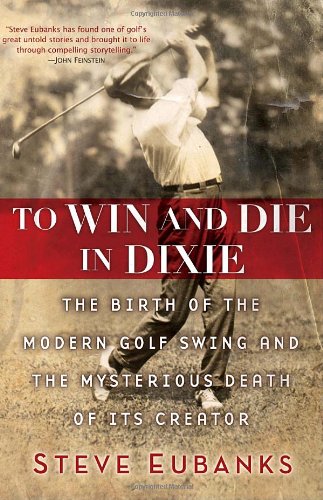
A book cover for To Win and Die in Dixie: The Birth of the Modern Golf Swing and the Mysterious Death of Its Creator; Steve Eubanks; Biographies & Memoirs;